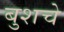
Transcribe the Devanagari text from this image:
बुशचे